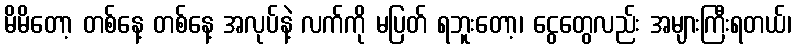
မိမိတော့ တစ်နေ့ တစ်နေ့ အလုပ်နဲ့ လက်ကို မပြတ် ရဘူးတော့၊ ငွေတွေလည်း အများကြီးရတယ်၊